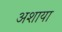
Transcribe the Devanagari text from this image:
अशाया